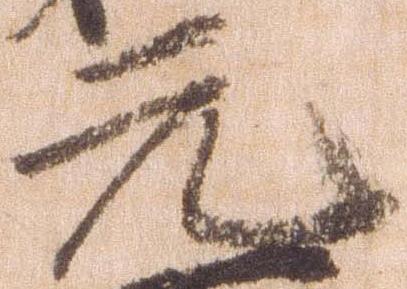
元